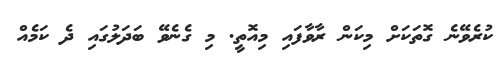
ކުރެވޭނެ ގޮތަކަށް މިކަން ރާވާފައި މިއޮތީ. މި ގެނެވޭ ބަދަލުގައި ދެ ކަމެއް